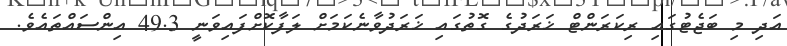
އަދި މި ބަޖެޓުގައި ރިކަރަންޓް ޚަރަދުގެ ގޮތުގައި ޚަރަދުވާނެކަމަށް ލަފާކޮށްފައިވަނީ 49.3 އިންސައްތައެވެ.